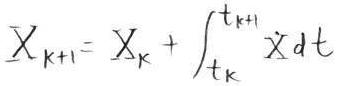
\[
X_{k + 1} = X_{k} + \int_{t_{k}}^{t_{k + 1}} \dot{X} dt
\]